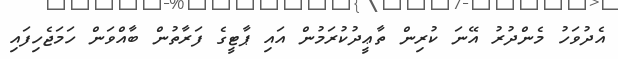
އެދުވަހު މެންދުރު އޭނަ ކުރިން ތާޢީދުކުރަމުން އައި ޕާޓީގެ ފަރާތުން ބާއްވަން ހަމަޖެހިފައި